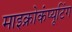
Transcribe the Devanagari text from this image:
माइक्रोकंप्यूटिंग